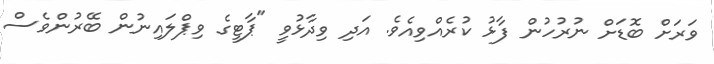
ވަރަށް ބޮޑަށް ނުރުހުން ފާޅު ކުރެއްވިއެވެ. އަދި ވިދާޅުވީ "ޕާޓީގެ ވިޕްލައިނުން ބޭރުންވެސް